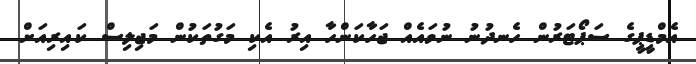
އެމްޑީޕީގެ ސަޕޯޓަރުން ހެނދުނު ނުވައެއް ޖަހާކަންހާ އިރު އެކި މަގުތަކުން މަޖިލިސް ކައިރިއަށް